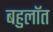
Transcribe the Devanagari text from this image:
बहुलॉत